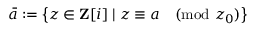
{ \bar { a } } : = \left\{ z \in \mathbf { Z } [ i ] \mid z \equiv a { \pmod { z _ { 0 } } } \right\}